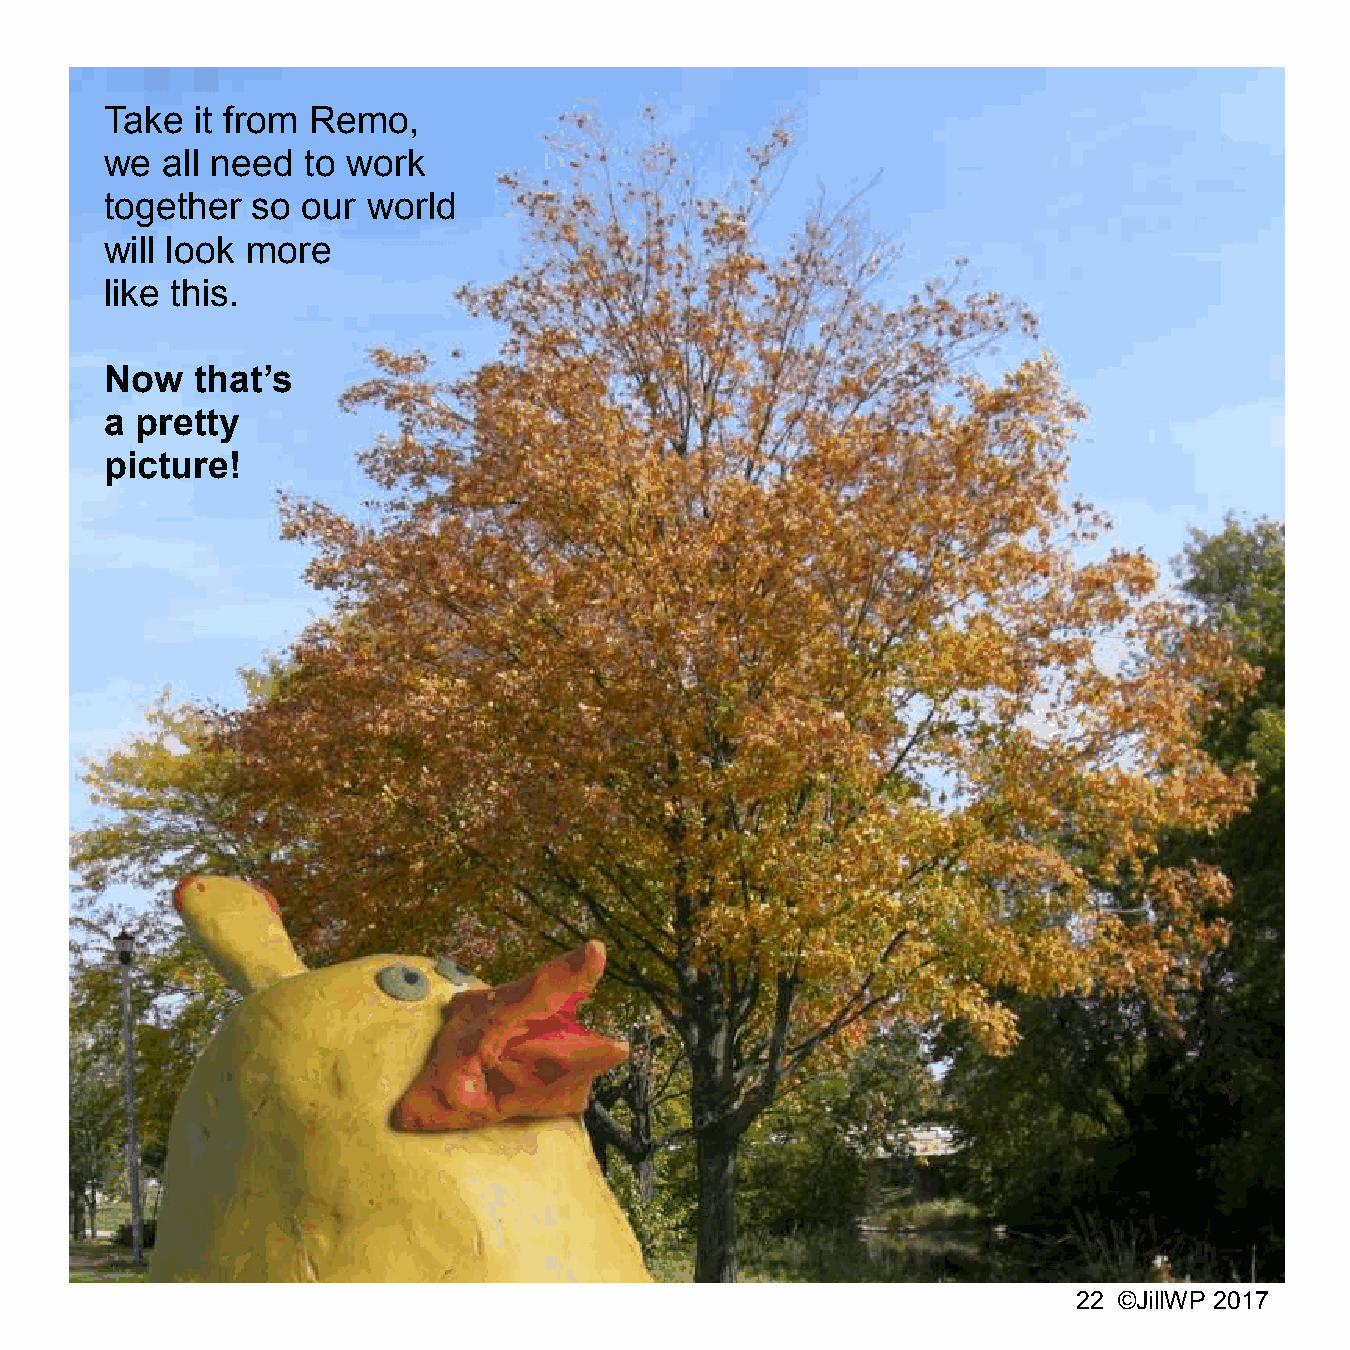
Take  it from Remo,
 we  all need to work
 together  so our world
 will look more
 like this.
 Now   that’s
 a pretty
 picture!
 22 ©JillWP 2017